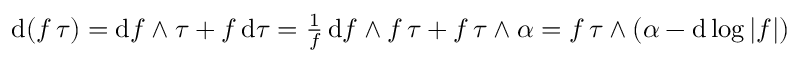
\begin{array} { r } { \mathrm { d } ( f \, \tau ) = \mathrm { d } f \wedge \tau + f \, \mathrm { d } \tau = \frac 1 f \, \mathrm { d } f \wedge f \, \tau + f \, \tau \wedge \alpha = f \, \tau \wedge ( \alpha - \mathrm { d } \log | f | ) } \end{array}